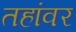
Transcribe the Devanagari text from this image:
तहांवर